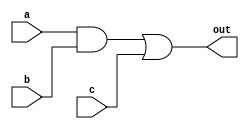
module D(out,a,b,c);

//Ports
output out;
input a,b,c;

//Internal nets
wire e;

//Instantiations primitives
and #(5)(e,a,b);
or #(4)(out,e,c);

endmodule